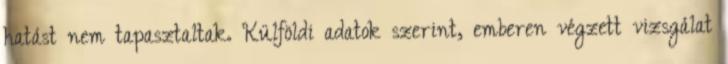
hatást nem tapasztaltak. Külföldi adatok szerint, emberen végzett vizsgálat